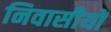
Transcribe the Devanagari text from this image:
निवासीयों